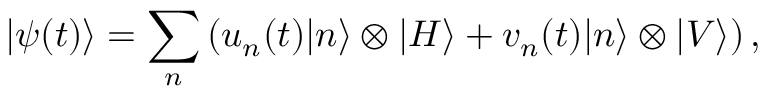
| \psi ( t ) \rangle = \sum _ { n } \left( u _ { n } ( t ) | n \rangle \otimes | H \rangle + v _ { n } ( t ) | n \rangle \otimes | V \rangle \right) ,